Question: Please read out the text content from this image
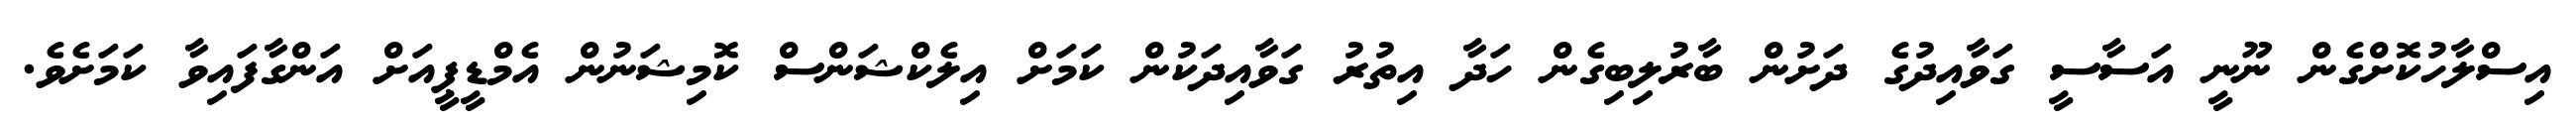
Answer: އިސްލާހުކޮށްގެން ނޫނީ އަސާސީ ގަވާއިދުގެ ދަށުން ބާރުލިބިގެން ހަދާ އިތުރު ގަވާއިދަކުން ކަމަށް އިލެކްޝަންސް ކޮމިޝަނުން އެމްޑީޕީއަށް އަންގާފައިވާ ކަމަށެވެ.